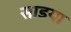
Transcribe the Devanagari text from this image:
साडया